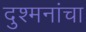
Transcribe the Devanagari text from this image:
दुश्मनांचा